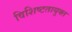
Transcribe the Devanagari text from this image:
विशिष्टतायुक्त